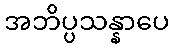
အဘိပ္ပသန္နာပေ